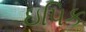
ઇપિક